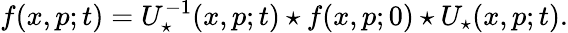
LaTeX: f(x,p;t)=U_{\star}^{-1}(x,p;t)\star f(x,p;0)\star U_{\star}(x,p;t).